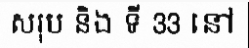
សរុប និង ទី 33 នៅ